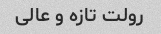
رولت تازه و عالی